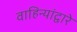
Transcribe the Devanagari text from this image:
वाहिन्यांद्वारे